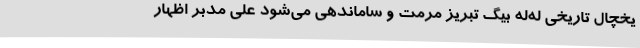
یخچال تاریخی له‌له بیگ تبریز مرمت و ساماندهی می‌شود علی مدبر اظهار